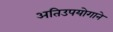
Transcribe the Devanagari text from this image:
अतिउपयोगाने